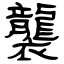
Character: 襲